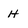
Character: H